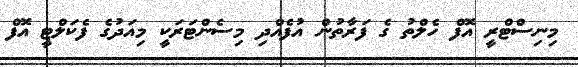
މިނިސްޓްރީ އޮފް ހެލްތު ގެ ފަރާތުން އުފެއްދި މިސެންޓަރަކީ މިއަދުގެ ފެކަލްޓީ އޮފް